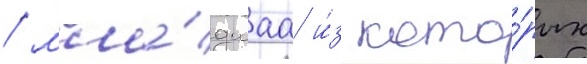
/ мла́дшаа и́з кото́рых